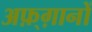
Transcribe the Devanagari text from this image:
अफ़्ग़ानों